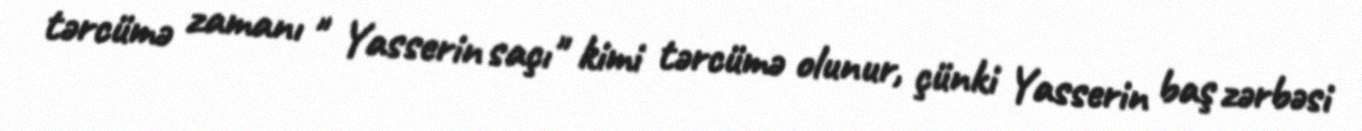
tərcümə zamanı " Yasserin saçı" kimi tərcümə olunur, çünki Yasserin baş zərbəsi